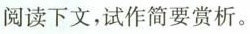
阅读下文，试作简要赏析。